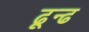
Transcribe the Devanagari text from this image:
ढून्ढ